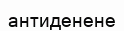
антиденене